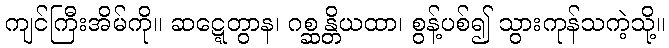
ကျင်ကြီးအိမ်ကို။ ဆဋ္ဋေတွာန၊ ဂစ္ဆန္တိယထာ၊ စွန့်ပစ်၍ သွားကုန်သကဲ့သို့။